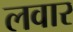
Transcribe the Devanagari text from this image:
लवार